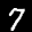
Label: 7